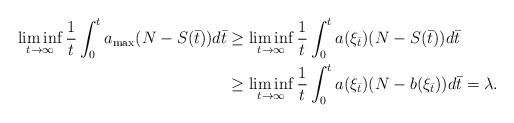
LaTeX: \begin{align*} \liminf_{t\to\infty} \frac 1 t \int_0^t a_{\max}(N-S(\bar t))d\bar t &\geq\liminf_{t\to\infty} \frac 1 t \int_0^t a(\xi_{\bar t})(N-S(\bar t))d\bar t\\&\geq\liminf_{t\to\infty} \frac 1 t \int_0^t a(\xi_{\bar t})(N-b(\xi_{\bar t}))d\bar t=\lambda.\end{align*}